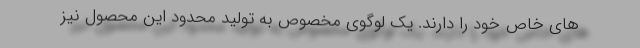
های خاص خود را دارند. یک لوگوی مخصوص به تولید محدود این محصول نیز